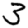
Digit: 3